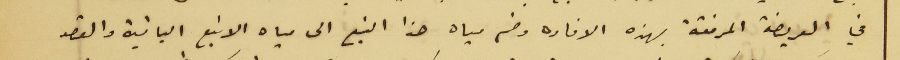
في العريضة المرفقة بهذه الافاده وضم مياه هذا النبع الى مياه الانبع الباقية والقصد